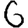
Digit: 6